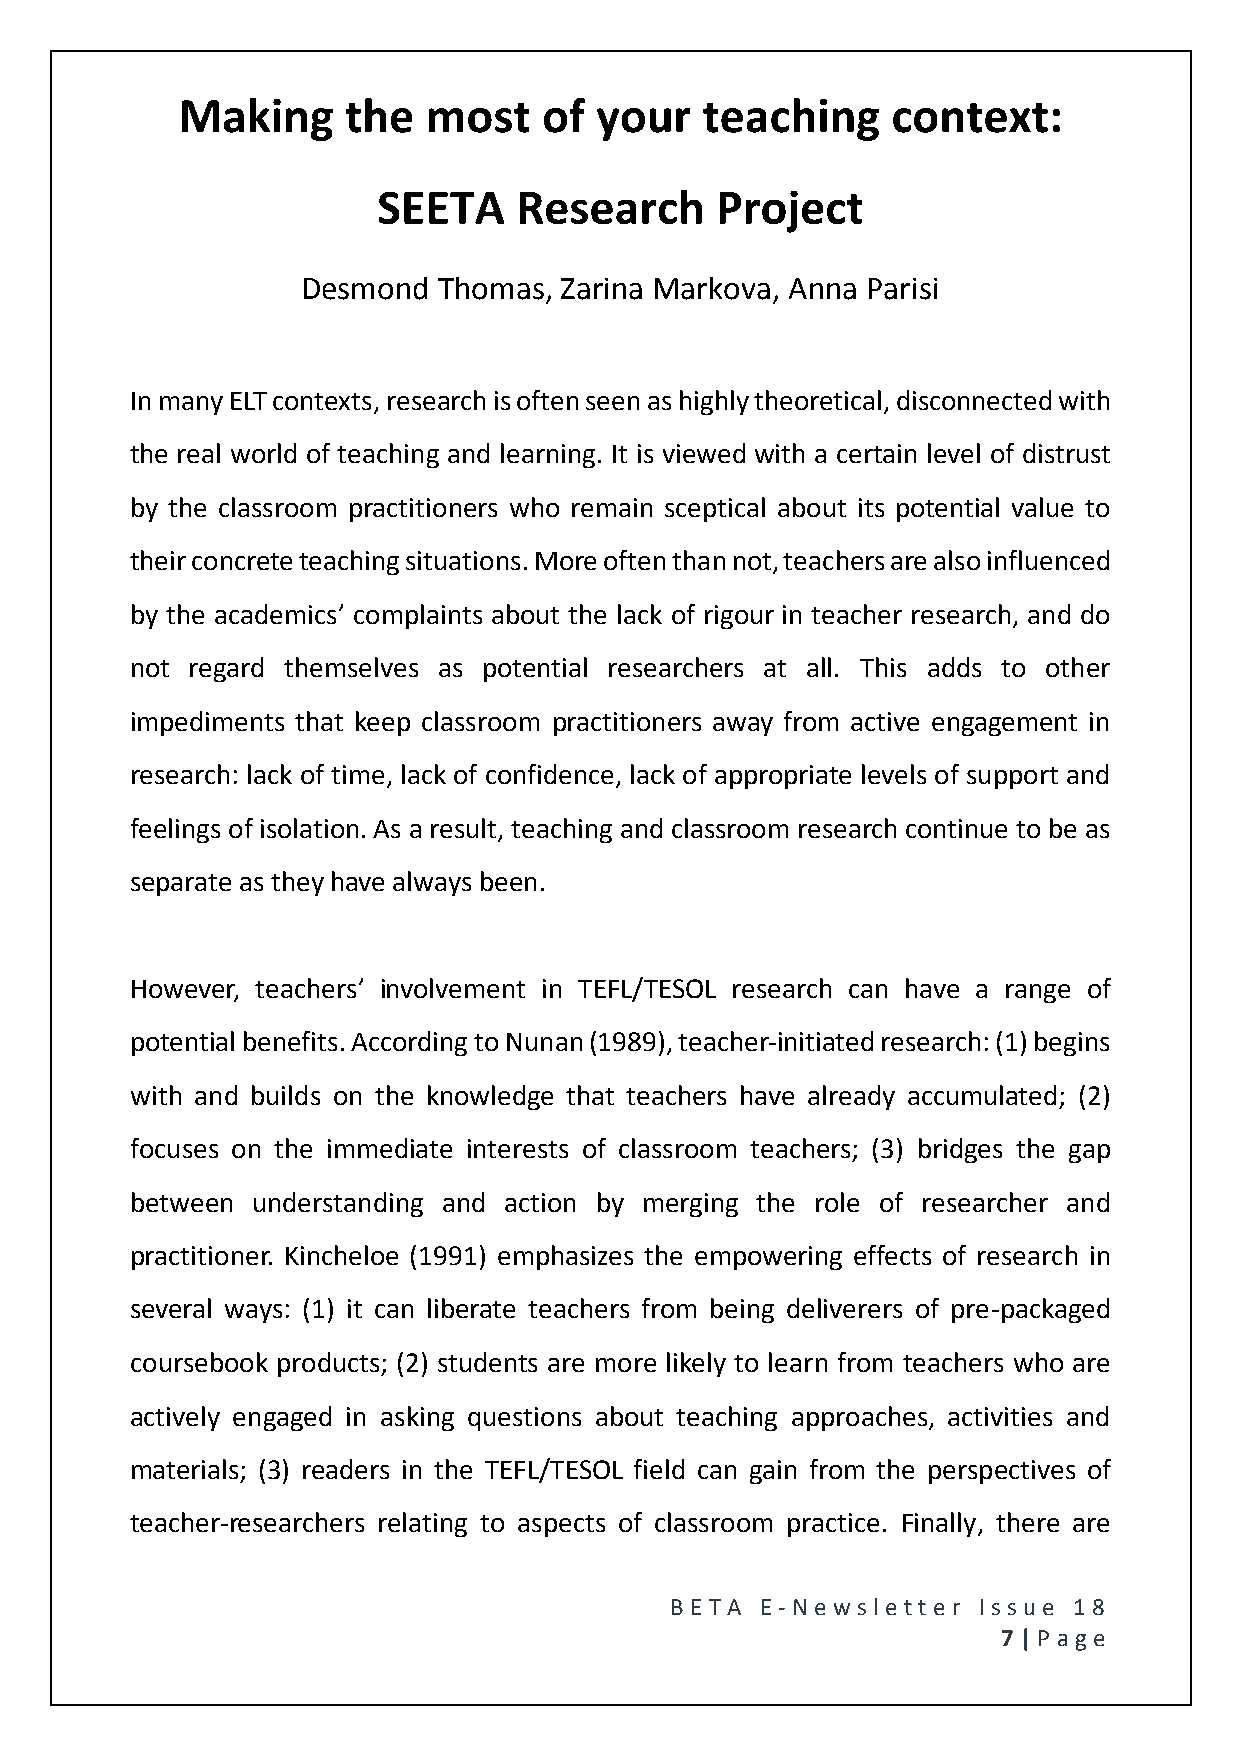
Making     the  most    of your   teaching     context:
 SEETA    Research     Project
 Desmond  Thomas, Zarina Markova, Anna Parisi
 In many ELT contexts, research is often seen as highly theoretical, disconnected with
 the real world of teaching and learning. It is viewed with a certain level of distrust
 by the classroom practitioners who remain sceptical about its potential value to
 their concrete teaching situations. More often than not, teachers are also influenced
 by the academics’ complaints about the lack of rigour in teacher research, and do
 not regard themselves as potential researchers at all. This adds to other
 impediments that keep classroom practitioners away from active engagement in
 research: lack of time, lack of confidence, lack of appropriate levels of support and
 feelings of isolation. As a result, teaching and classroom research continue to be as
 separate as they have always been.
 However, teachers’ involvement in TEFL/TESOL research can have a range of
 potential benefits. According to Nunan (1989), teacher-initiated research: (1) begins
 with and builds on the knowledge that teachers have already accumulated; (2)
 focuses on the immediate interests of classroom teachers; (3) bridges the gap
 between understanding and action by merging the role of researcher and
 practitioner. Kincheloe (1991) emphasizes the empowering effects of research in
 several ways: (1) it can liberate teachers from being deliverers of pre-packaged
 coursebook products; (2) students are more likely to learn from teachers who are
 actively engaged in asking questions about teaching approaches, activities and
 materials; (3) readers in the TEFL/TESOL field can gain from the perspectives of
 teacher-researchers relating to aspects of classroom practice. Finally, there are
 BE T A E -N e wsle tt e r Issue 18
 7 | P age